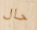
حال